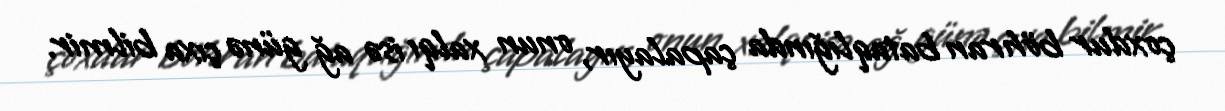
çoxdur böhran bataqlığında çapalayır, onun xalqı isə ağ günə çıxa bilmir.